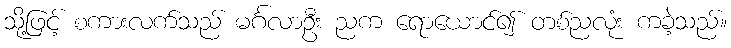
သို့ဖြင့် စကားလက်သည် မင်္ဂလာဦး ညက ရောယောင်၍ တစ်ညလုံး ကခဲ့သည်။